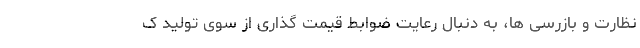
نظارت و بازرسی ها، به دنبال رعایت ضوابط قیمت گذاری از سوی تولید ک